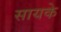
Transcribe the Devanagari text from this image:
सायके